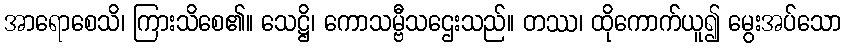
အာရောစေသိ၊ ကြားသိစေ၏။ သေဋ္ဌိ၊ ကောသမ္ဗီသဌေးသည်။ တဿ၊ ထိုကောက်ယူ၍ မွေးအပ်သော